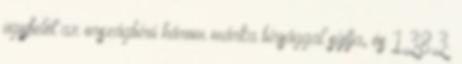
ügyfelét az országbíró három márka bírsággal sújtja, és 1383.